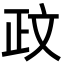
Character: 𫿮